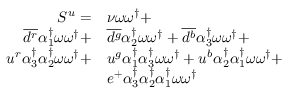
\begin{array} { r l } { S ^ { u } = } & { { \nu } \omega \omega ^ { \dagger } + } \\ { \overline { { d ^ { r } } } { \alpha _ { 1 } ^ { \dagger } } \omega \omega ^ { \dagger } + } & { \overline { { d ^ { g } } } { \alpha _ { 2 } ^ { \dagger } } \omega \omega ^ { \dagger } + \overline { { d ^ { b } } } { \alpha _ { 3 } ^ { \dagger } } \omega \omega ^ { \dagger } + } \\ { u ^ { r } { \alpha _ { 3 } ^ { \dagger } } { \alpha _ { 2 } ^ { \dagger } } \omega \omega ^ { \dagger } + } & { u ^ { g } { \alpha _ { 1 } ^ { \dagger } } { \alpha _ { 3 } ^ { \dagger } } \omega \omega ^ { \dagger } + u ^ { b } { \alpha _ { 2 } ^ { \dagger } } { \alpha _ { 1 } ^ { \dagger } } \omega \omega ^ { \dagger } + } \\ & { e ^ { + } { \alpha _ { 3 } ^ { \dagger } } { \alpha _ { 2 } ^ { \dagger } } { \alpha _ { 1 } ^ { \dagger } } \omega \omega ^ { \dagger } } \end{array}